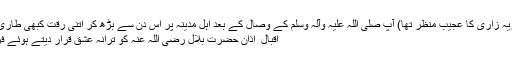
(رقت و گریہ زاری کا عجیب منظر تھا) آپ صلی اللہ علیہ وآلہ وسلم کے وصال کے بعد اہل مدینہ پر اس دن سے بڑھ کر اتنی رقت کبھی طاری نہیں ہوئی
اقبال ؒ اذان حضرت بلال رضی اللہ عنہ کو ترانہ عشق قرار دیتے ہوئے فرماتے ہیں۔